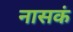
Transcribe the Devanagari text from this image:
नासकं